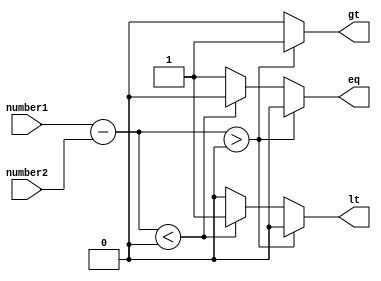
module signed_comparator (
    input signed [7:0] number1,
    input signed [7:0] number2,
    output reg gt,
    output reg lt,
    output reg eq
);

// Arithmetic operations
reg signed [8:0] diff;
always @* begin
    diff = number1 - number2;
end

// Logic gates for comparison
always @* begin
    if (diff > 0) begin
        gt = 1;
        lt = 0;
        eq = 0;
    end else if (diff < 0) begin
        gt = 0;
        lt = 1;
        eq = 0;
    end else begin
        gt = 0;
        lt = 0;
        eq = 1;
    end
end

endmodule